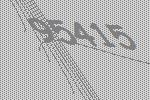
95415